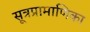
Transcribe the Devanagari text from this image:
सूत्रप्रामाणिका